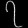
Digit: ၇